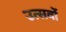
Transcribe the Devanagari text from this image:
उत्सवों